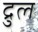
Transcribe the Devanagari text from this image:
द्रुल